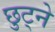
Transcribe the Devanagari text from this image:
छुट्ने